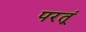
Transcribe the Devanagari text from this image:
परतूं